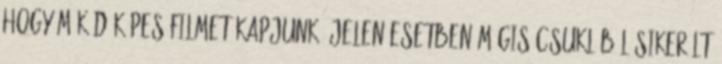
hogy működőképes filmet kapjunk. Jelen esetben mégis csuklóból sikerült